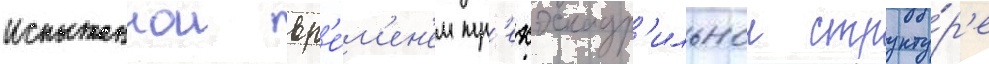
испытаннои вр'е́м'ен'ем тр'ехэскадр'ильнои структу́р'е